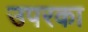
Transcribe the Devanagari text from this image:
उपरका